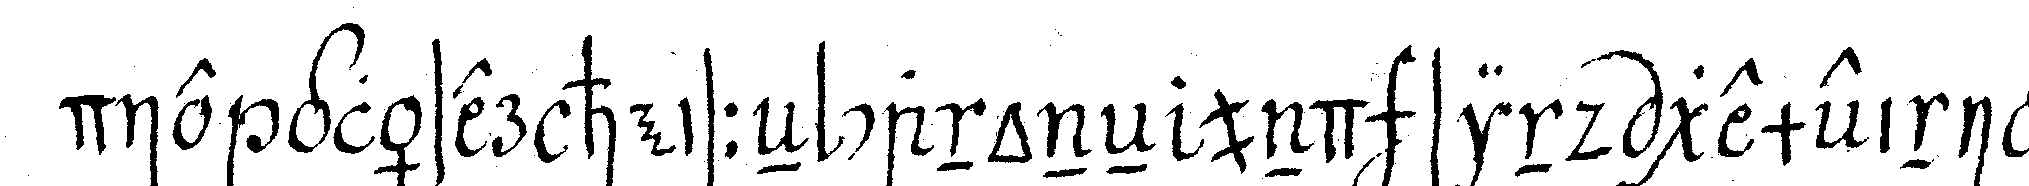
die gläser heisseN canoneN und sind gemeinig